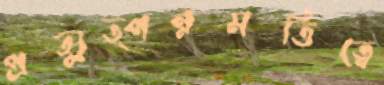
প্রত্যুত্পন্নমতিত্বে